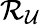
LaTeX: \mathcal{R}_{\mathcal{U}}